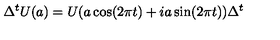
\Delta ^ { t } U ( a ) = U ( a \cos ( 2 \pi t ) + i a \sin ( 2 \pi t ) ) \Delta ^ { t }